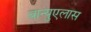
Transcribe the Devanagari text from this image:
बान्युएलास